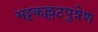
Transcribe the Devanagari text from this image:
भट्टकल्लटपुत्रेण